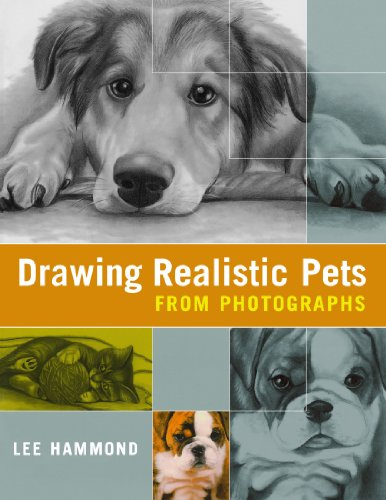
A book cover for Drawing Realistic Pets from Photographs; Lee Hammond; Arts & Photography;